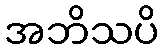
အဘိသပိ